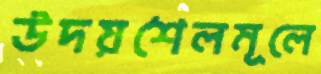
উদয়শৈলমূলে